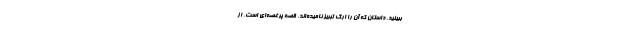
ببینید. داستان که آن را ارگ تبریز نامیده‌اند، قصه پرغصه‌ای است. از